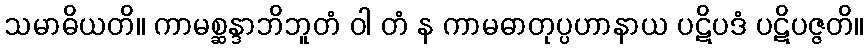
သမာဓိယတိ။ ကာမစ္ဆန္ဒာဘိဘူတံ ဝါ တံ န ကာမဓာတုပ္ပဟာနာယ ပဋိပဒံ ပဋိပဇ္ဇတိ။